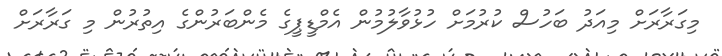
މިގަރާރަށް މިއަދު ބަހުސް ކުރުމަށް ހުޅުވާލުމުން އެމްޑީޕީގެ މެންބަރުންގެ އިތުރުން މި ގަރާރަށް